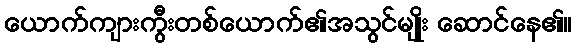
ယောက်ကျားကွီးတစ်ယောက်၏အသွင်မျိုး ဆောင်နေ၏။